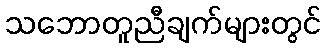
သဘောတူညီချက်များတွင်